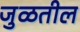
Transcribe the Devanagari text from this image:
जुळतील